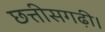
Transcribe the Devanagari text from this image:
छत्तीसगढ़ी।